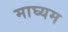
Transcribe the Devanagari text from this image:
माघ्‍यम